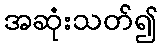
အဆုံးသတ်၍